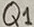
Text: Q1